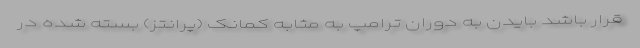
قرار باشد بایدن به دوران ترامپ به مثابه کمانک (پرانتز) بسته شده در